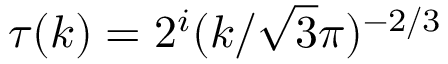
\tau ( k ) = 2 ^ { i } ( k / \sqrt { 3 } \pi ) ^ { - 2 / 3 }